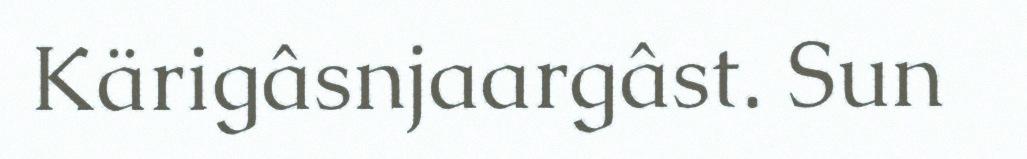
Kärigâsnjaargâst. Sun